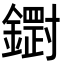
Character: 𮣒